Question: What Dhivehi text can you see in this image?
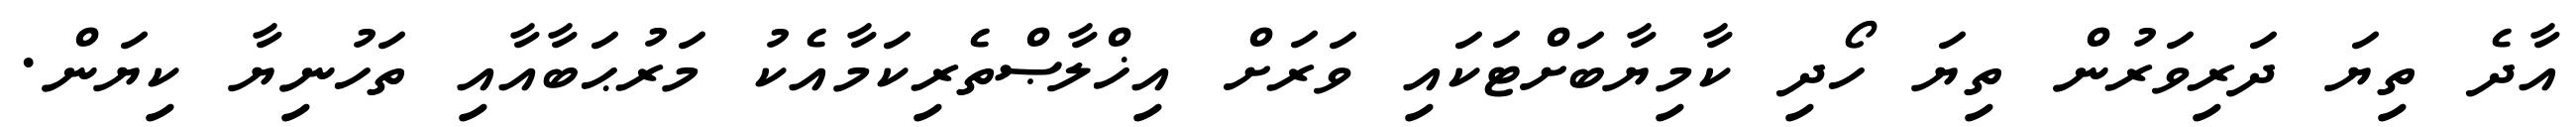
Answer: އާދެ ތިޔަ ދަރިވަރުން ތިޔަ ހޯދި ކާމިޔާބަށްޓަކައި ވަރަށް އިޚްލާޞްތެރިކަމާއެކު މަރުޙަބާއާއި ތަހުނިޔާ ކިޔަން.